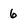
Character: 6